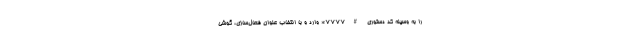
را به وسیله کد دستوری #۷۷۷۷* وارد و با انتخاب عنوان فعال‌سازی، گوشی